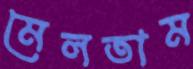
মেলতাম